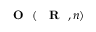
\mathrm { ~ { ~ \bf ~ O ~ } ~ } ( \mathrm { ~ { ~ \bf ~ R ~ } ~ } , n )